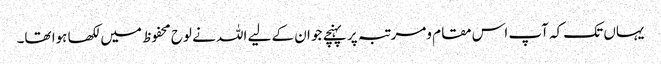
یہاں تک کہ آپ اس مقام ومرتبہ پر پہنچے جو ان کے لیے اللہ نے لوح محفوظ میں لکھا ہوا تھا۔